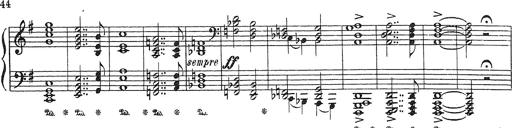
Title: Grosses Konzertsolo
Composer: Franz Liszt